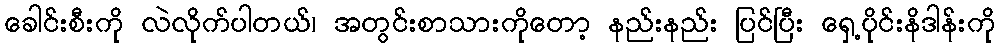
ခေါင်းစီးကို လဲလိုက်ပါတယ်၊ အတွင်းစာသားကိုတော့ နည်းနည်း ပြင်ပြီး ရှေ့ပိုင်းနိဒါန်းကို